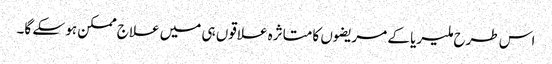
اس طرح ملیریا کے مریضوں کا متاثرہ علاقوں ہی میں علاج ممکن ہو سکے گا۔